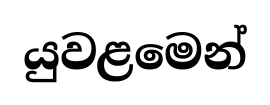
යුවළමෙන්